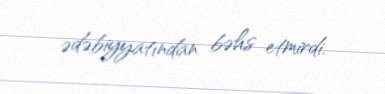
ədəbiyyatından bəhs etmirdi.